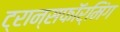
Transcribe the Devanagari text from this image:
ट्रान्सफॉर्मिंग